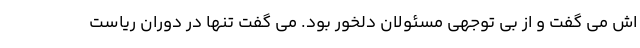
اش می گفت و از بی توجهی مسئولان دلخور بود. می گفت تنها در دوران ریاست